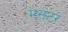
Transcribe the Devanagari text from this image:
मसटर